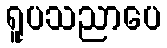
ရူပသညာပေ